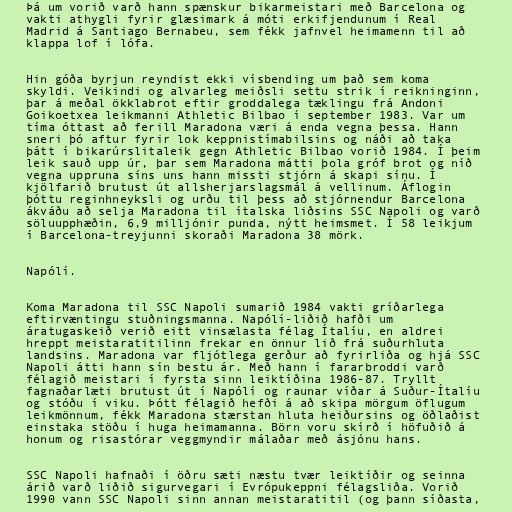
Þá um vorið varð hann spænskur bikarmeistari með Barcelona og
vakti athygli fyrir glæsimark á móti erkifjendunum í Real
Madrid á Santiago Bernabeu, sem fékk jafnvel heimamenn til að
klappa lof í lófa.

Hin góða byrjun reyndist ekki vísbending um það sem koma
skyldi. Veikindi og alvarleg meiðsli settu strik í reikninginn,
þar á meðal ökklabrot eftir groddalega tæklingu frá Andoni
Goikoetxea leikmanni Athletic Bilbao í september 1983. Var um
tíma óttast að ferill Maradona væri á enda vegna þessa. Hann
sneri þó aftur fyrir lok keppnistímabilsins og náði að taka
þátt í bikarúrslitaleik gegn Athletic Bilbao vorið 1984. Í þeim
leik sauð upp úr, þar sem Maradona mátti þola gróf brot og níð
vegna uppruna síns uns hann missti stjórn á skapi sínu. Í
kjölfarið brutust út allsherjarslagsmál á vellinum. Áflogin
þóttu reginhneyksli og urðu til þess að stjórnendur Barcelona
ákváðu að selja Maradona til ítalska liðsins SSC Napoli og varð
söluupphæðin, 6,9 milljónir punda, nýtt heimsmet. Í 58 leikjum
í Barcelona-treyjunni skoraði Maradona 38 mörk.

Napólí.

Koma Maradona til SSC Napoli sumarið 1984 vakti gríðarlega
eftirvæntingu stuðningsmanna. Napólí-liðið hafði um
áratugaskeið verið eitt vinsælasta félag Ítalíu, en aldrei
hreppt meistaratitilinn frekar en önnur lið frá suðurhluta
landsins. Maradona var fljótlega gerður að fyrirliða og hjá SSC
Napoli átti hann sín bestu ár. Með hann í fararbroddi varð
félagið meistari í fyrsta sinn leiktíðina 1986-87. Tryllt
fagnaðarlæti brutust út í Napólí og raunar víðar á Suður-Ítalíu
og stóðu í viku. Þótt félagið hefði á að skipa mörgum öflugum
leikmönnum, fékk Maradona stærstan hluta heiðursins og öðlaðist
einstaka stöðu í huga heimamanna. Börn voru skírð í höfuðið á
honum og risastórar veggmyndir málaðar með ásjónu hans.

SSC Napoli hafnaði í öðru sæti næstu tvær leiktíðir og seinna
árið varð liðið sigurvegari í Evrópukeppni félagsliða. Vorið
1990 vann SSC Napoli sinn annan meistaratitil (og þann síðasta,